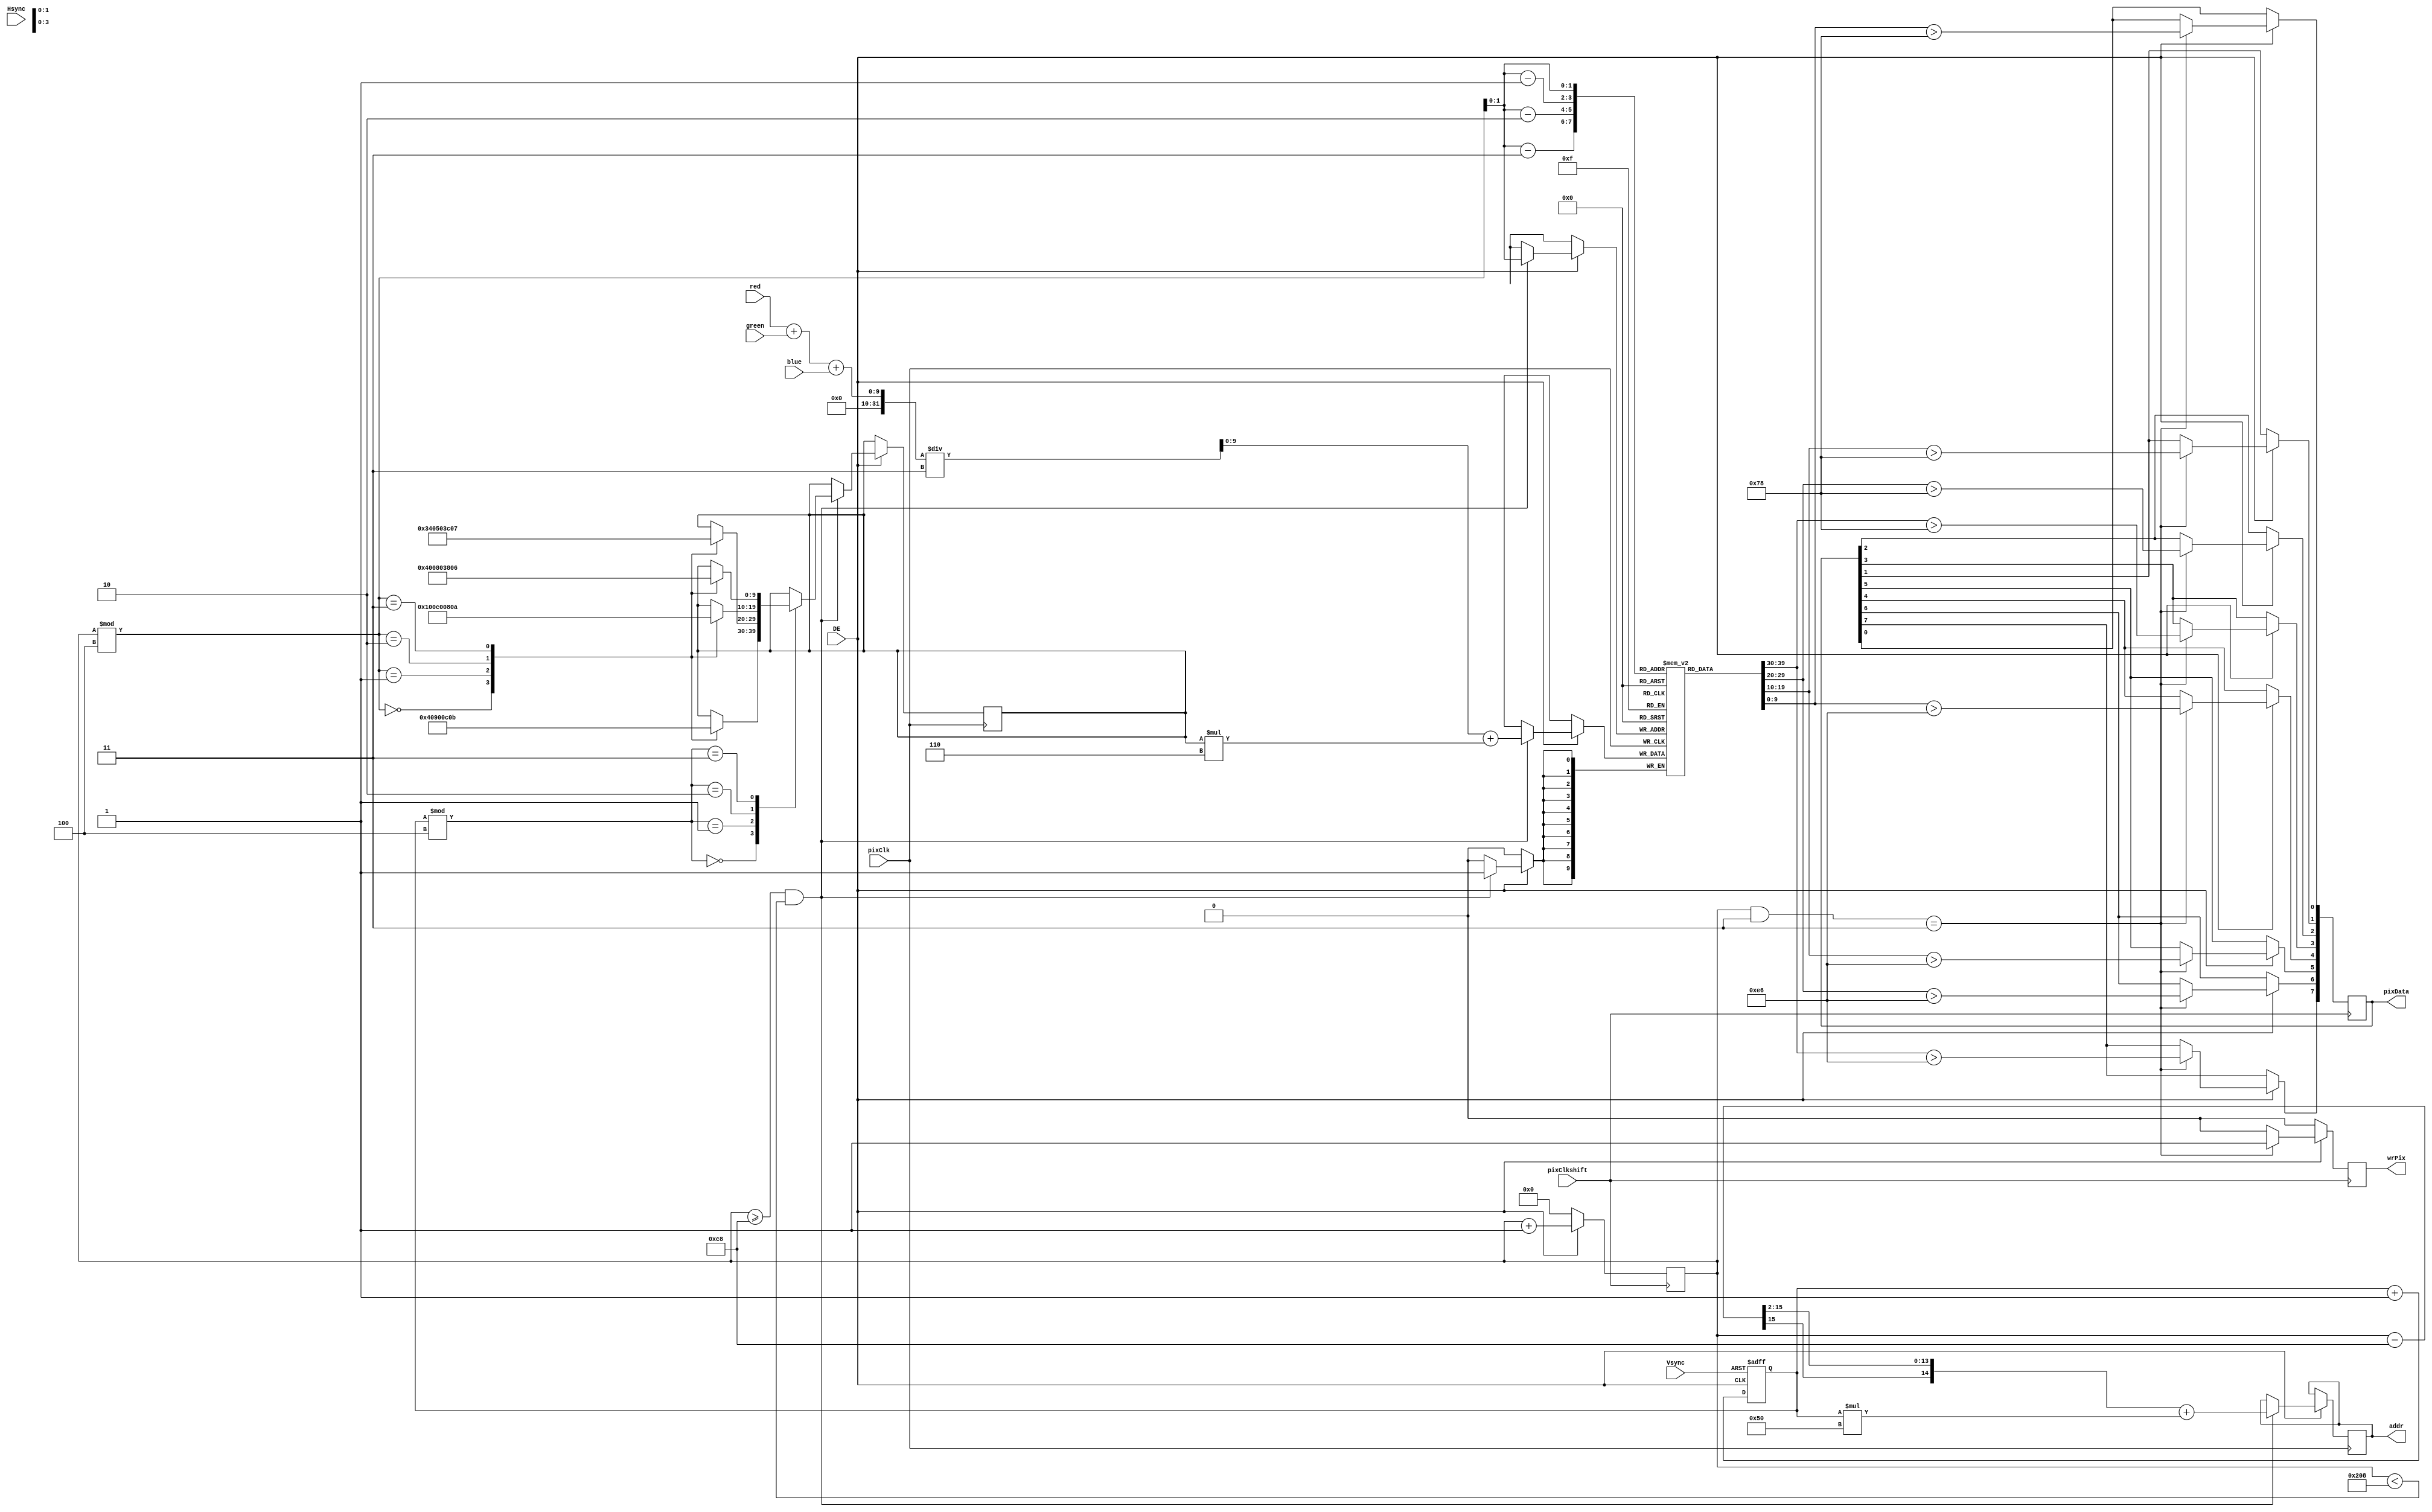
module input_proc_6 (DE, pixClk, pixClkshift, Vsync, Hsync, red, green, blue, addr, pixData, wrPix);

//parameter pixBlank = 15'h000A;

input [7:0] red, green, blue;
input DE, pixClk, pixClkshift, Vsync, Hsync;
output [14:0] addr;
output [7:0]  pixData;
output wrPix;

reg debug = 0;
reg [7:0]  pixData;
reg wrPix, lineOdd;
reg [14:0]  pixCounter;
reg [14:0] lineCounter;
reg [9:0] lineMem [0:3];
reg [14:0] addr;
reg [9:0] th;
wire [9:0] color;

assign color[9:0] = (red + green + blue)/3;

//thMap44 = {{1, 9, 3, 11},{13, 5, 15, 7},{4, 12, 2, 10},{16, 8, 14, 6}};

always @ (posedge pixClk) begin
	if (DE) begin
		if (pixCounter >= 200 && pixCounter < 520) begin
			addr <= ((pixCounter-200)>>2)+((lineCounter)*15'h0050);					
			
			case (lineCounter%4)
				0: begin
					case (pixCounter%4)
						0: th <= 1;
						1: th <= 9;
						2: th <= 3;
						3: th <= 11;
					endcase
				end
				1: begin
					case (pixCounter%4)
						0: th <= 13;
						1: th <= 5;
						2: th <= 15;
						3: th <= 7;
					endcase
				end
				2: begin
					case (pixCounter%4)
						0: th <= 4;
						1: th <= 12;
						2: th <= 2;
						3: th <= 10;
					endcase
				end
				3: begin
					case (pixCounter%4)
						0: th <= 16;
						1: th <= 8;
						2: th <= 14;
						3: th <= 6;
					endcase
				end
			endcase
			
			lineMem[pixCounter%4] <= color+(th*6);
		end
		
	end 
end

always @ (posedge pixClkshift) begin
	if (DE) begin
		if ( ((pixCounter & 10'h0003) == 10'h0003) ) begin
			pixData[3] <= (lineMem[(pixCounter%4)-3]) >10'd120;
			pixData[2] <= (lineMem[(pixCounter%4)-2]) >10'd120;
			pixData[1] <= (lineMem[(pixCounter%4)-1]) >10'd120;
			pixData[0] <= (lineMem[(pixCounter%4)]  ) >10'd120;
			
			pixData[7] <= (lineMem[(pixCounter%4)-3]) >10'd230;
			pixData[6] <= (lineMem[(pixCounter%4)-2]) >10'd230;
			pixData[5] <= (lineMem[(pixCounter%4)-1]) >10'd230;
			pixData[4] <= (lineMem[(pixCounter%4)]  ) >10'd230;			
		end
	end 
end

always @ (negedge pixClkshift) begin
	if (DE ) begin
		
		pixCounter <= pixCounter + 10'h0001;	
		
		if ((pixCounter & 10'h0003) == 10'h0003) begin
			wrPix <= 1;
		end else begin
			wrPix <= 0;
		end	
		
	end else begin
		wrPix <= 0;
		pixCounter <= 0;
	end
	
	
end

always @ (negedge Vsync or negedge DE) begin
	if (Vsync == 0) begin 
		lineCounter <= 0;
		lineOdd <= 0;
	end else begin
		lineOdd <= !lineOdd;
		lineCounter <= lineCounter +15'h0001;
	end 

end

endmodule